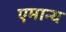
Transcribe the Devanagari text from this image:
एमान्य